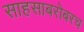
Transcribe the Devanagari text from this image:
साहसाबरोबरच